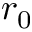
r _ { 0 }